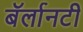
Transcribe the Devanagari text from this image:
बॅर्लानटी